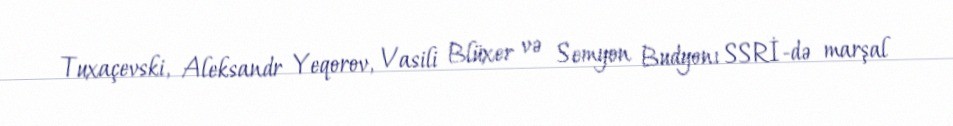
Tuxaçevski, Aleksandr Yeqorov, Vasili Blüxer və Semyon Budyonı SSRİ-də marşal